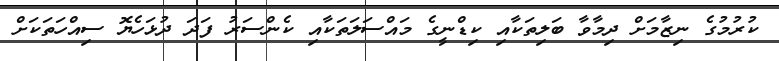
ކުރުމުގެ ނިޒާމަށް ދިމާވާ ބަލިތަކާއި ކިޑްނީގެ މައްސަލަތަކާއި ކެންސަރު ފަދަ ދުޅަހެޔޮ ސިއްހަތަކަށް